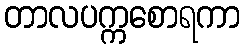
တာလပက္ကစောရကာ